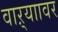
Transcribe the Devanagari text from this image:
वाऱ्याावर